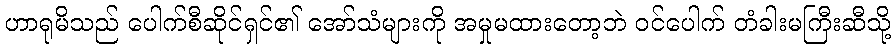
ဟာရုမိသည် ပေါက်စီဆိုင်ရှင်၏ အော်သံများကို အမှုမထားတော့ဘဲ ဝင်ပေါက် တံခါးမကြီးဆီသို့